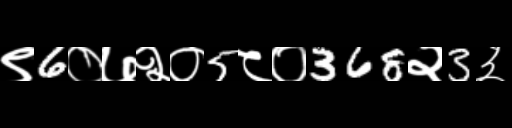
Text: ९6०७२०5८०368२3३